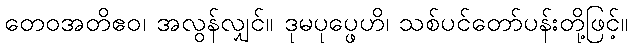
တေဝအတိဧဝ၊ အလွန်လျှင်။ ဒုမပုပ္ဖေဟိ၊ သစ်ပင်တော်ပန်းတို့ဖြင့်။